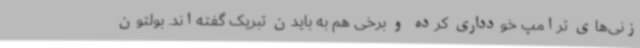
زنی‌های ترامپ خودداری کرده و برخی هم به بایدن تبریک گفته‌اند. بولتون